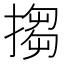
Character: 搊